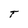
Character: T